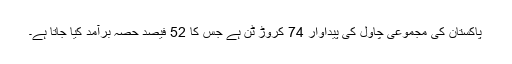
پاکستان کی مجموعی چاول کی پیداوار 74 کروڑ ٹن ہے جس کا 52 فیصد حصہ برآمد کیا جاتا ہے۔